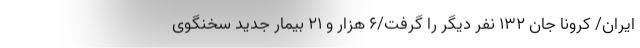
ایران/ کرونا جان ۱۳۲ نفر دیگر را گرفت/۶ هزار و ۲۱ بیمار جدید سخنگوی